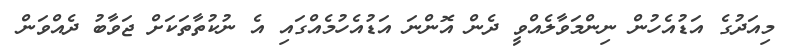
މިއަދުގެ އަޑުއެހުން ނިންމަވާލެއްވީ ދެން އޮންނަ އަޑުއެހުމެއްގައި އެ ނުކުތާތަކަށް ޖަވާބު ދެއްވަން